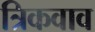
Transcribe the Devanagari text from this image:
त्रिकवाव